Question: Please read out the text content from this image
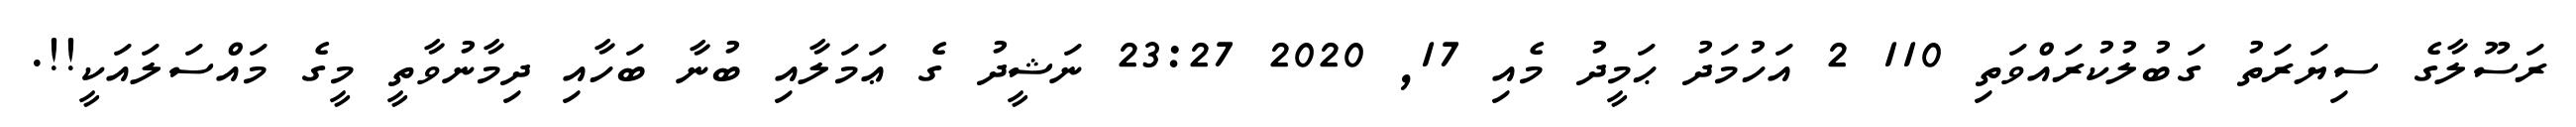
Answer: ރަސޫލާގެ ސިޔަރަތު ގަބުލުކުރައްވަތި 110 2 އަހުމަދު ޙަމީދު މެއި 17, 2020 23:27 ނަޝީދު ގެ ޢަމަލާއި ބުނާ ބަހާއި ދިމާނުވާތީ މީގެ މައްސަލައަކީ!!.